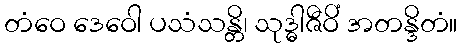
တံဝေ ဒေဝေါ ပသံသန္တိ၊ သုဒ္ဓါဇီဝိံ အတန္ဒိတံ။